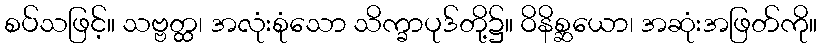
စပ်သဖြင့်။ သဗ္ဗတ္ထ၊ အလုံးစုံသော သိက္ခာပုဒ်တို့၌။ ဝိနိစ္ဆယော၊ အဆုံးအဖြတ်ကို။